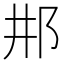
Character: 𨙷